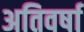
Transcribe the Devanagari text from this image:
अतिवर्षा